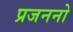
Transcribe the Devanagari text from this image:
प्रजननो